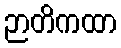
ဉာတိကထာ